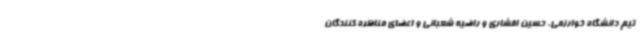
تیم دانشگاه خوارزمی، حسین افشاری و راضیه شعبانی و اعضای مناظره کنندگان